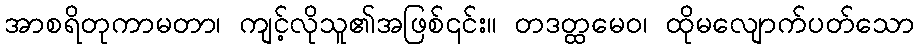
အာစရိတုကာမတာ၊ ကျင့်လိုသူ၏အဖြစ်၎င်း။ တဒတ္ထမေဝ၊ ထိုမလျောက်ပတ်သော